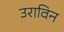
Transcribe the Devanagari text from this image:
उराविन